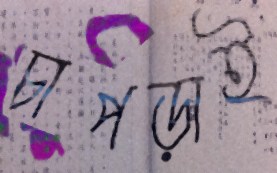
চাপড়াই